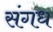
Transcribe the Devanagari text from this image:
संगध